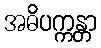
အဓိပက္ကန္တာ